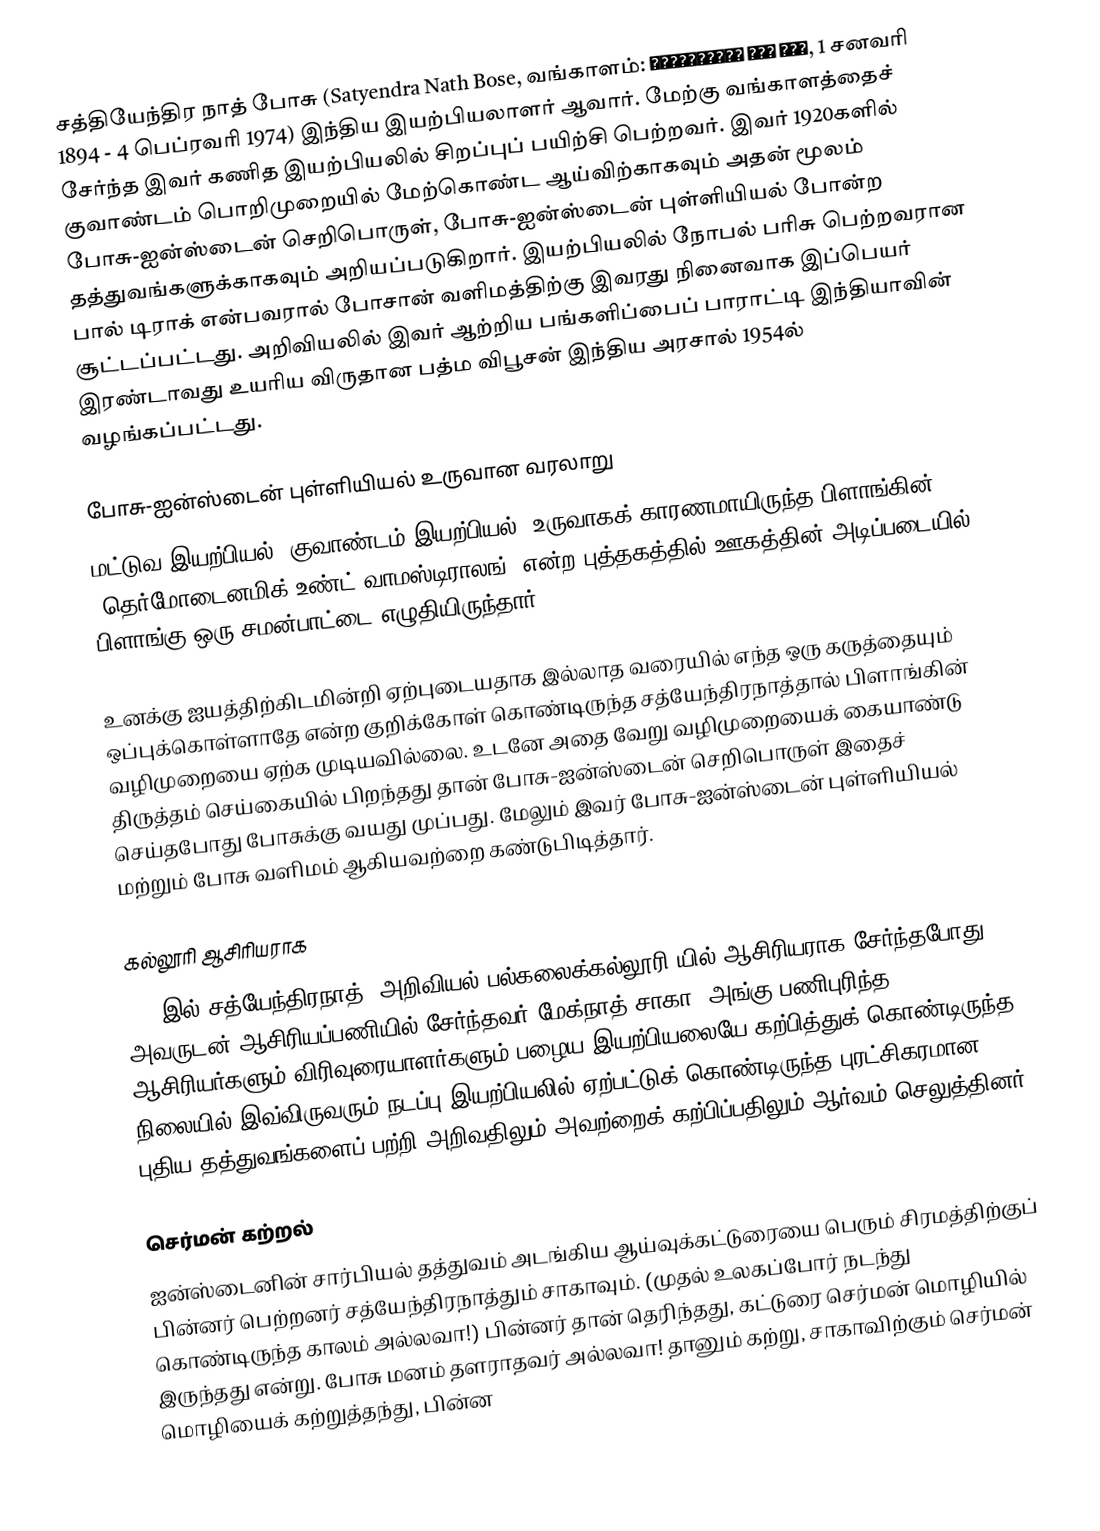
சத்தியேந்திர நாத் போசு (Satyendra Nath Bose, வங்காளம்: সত্যেন্দ্র নাথ বসু, 1 சனவரி 1894 - 4 பெப்ரவரி 1974) இந்திய இயற்பியலாளர் ஆவார். மேற்கு வங்காளத்தைச் சேர்ந்த இவர் கணித இயற்பியலில் சிறப்புப் பயிற்சி பெற்றவர். இவர் 1920களில் குவாண்டம் பொறிமுறையில் மேற்கொண்ட ஆய்விற்காகவும் அதன் மூலம் போசு-ஐன்ஸ்டைன் செறிபொருள், போசு-ஐன்ஸ்டைன் புள்ளியியல் போன்ற தத்துவங்களுக்காகவும் அறியப்படுகிறார். இயற்பியலில் நோபல் பரிசு பெற்றவரான பால் டிராக் என்பவரால் போசான் வளிமத்திற்கு இவரது நினைவாக இப்பெயர் சூட்டப்பட்டது. அறிவியலில் இவர் ஆற்றிய பங்களிப்பைப் பாராட்டி இந்தியாவின் இரண்டாவது உயரிய விருதான பத்ம விபூசன் இந்திய அரசால் 1954ல் வழங்கப்பட்டது.

போசு-ஐன்ஸ்டைன் புள்ளியியல் உருவான வரலாறு
மட்டுவ இயற்பியல் (குவாண்டம் இயற்பியல்) உருவாகக் காரணமாயிருந்த பிளாங்கின் 'தெர்மோடைனமிக் உண்ட் வாமஸ்டிராலங்' என்ற புத்தகத்தில் ஊகத்தின் அடிப்படையில் பிளாங்கு ஒரு சமன்பாட்டை எழுதியிருந்தார்.

உனக்கு ஐயத்திற்கிடமின்றி ஏற்புடையதாக இல்லாத வரையில் எந்த ஒரு கருத்தையும் ஒப்புக்கொள்ளாதே என்ற குறிக்கோள் கொண்டிருந்த சத்யேந்திரநாத்தால் பிளாங்கின் வழிமுறையை ஏற்க முடியவில்லை. உடனே அதை வேறு வழிமுறையைக் கையாண்டு திருத்தம் செய்கையில் பிறந்தது தான் போசு-ஐன்ஸ்டைன் செறிபொருள்  இதைச் செய்தபோது போசுக்கு வயது முப்பது. மேலும் இவர் போசு-ஐன்ஸ்டைன் புள்ளியியல் மற்றும் போசு வளிமம் ஆகியவற்றை கண்டுபிடித்தார்.

கல்லூரி ஆசிரியராக
1916இல் சத்யேந்திரநாத் 'அறிவியல் பல்கலைக்கல்லூரி'யில் ஆசிரியராக சேர்ந்தபோது அவருடன் ஆசிரியப்பணியில் சேர்ந்தவர் மேக்நாத் சாகா. அங்கு பணிபுரிந்த ஆசிரியர்களும் விரிவுரையாளர்களும் பழைய இயற்பியலையே கற்பித்துக் கொண்டிருந்த நிலையில் இவ்விருவரும் நடப்பு இயற்பியலில் ஏற்பட்டுக் கொண்டிருந்த புரட்சிகரமான புதிய தத்துவங்களைப் பற்றி அறிவதிலும் அவற்றைக் கற்பிப்பதிலும் ஆர்வம் செலுத்தினர்.

செர்மன் கற்றல்
ஐன்ஸ்டைனின் சார்பியல் தத்துவம் அடங்கிய ஆய்வுக்கட்டுரையை பெரும் சிரமத்திற்குப் பின்னர் பெற்றனர் சத்யேந்திரநாத்தும் சாகாவும். (முதல் உலகப்போர் நடந்து கொண்டிருந்த காலம் அல்லவா!) பின்னர் தான் தெரிந்தது, கட்டுரை செர்மன் மொழியில் இருந்தது என்று. போசு மனம் தளராதவர் அல்லவா! தானும் கற்று, சாகாவிற்கும் செர்மன் மொழியைக் கற்றுத்தந்து, பின்ன